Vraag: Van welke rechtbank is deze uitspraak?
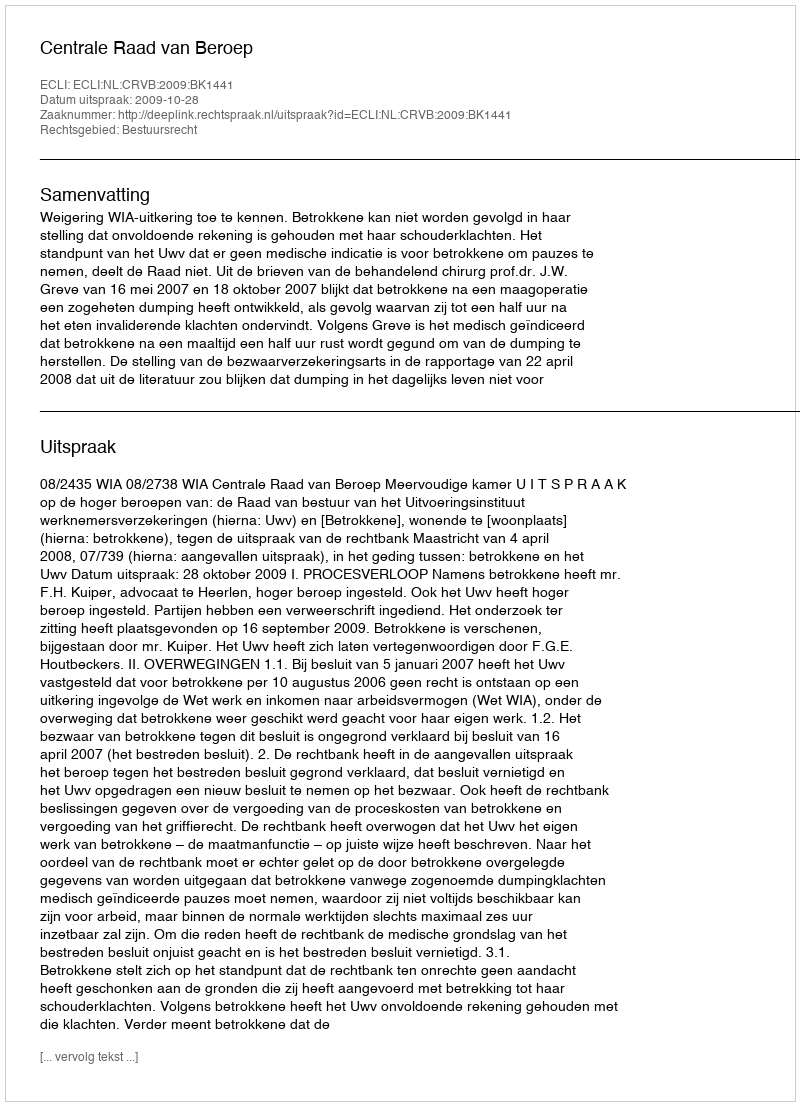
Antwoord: Centrale Raad van Beroep